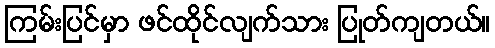
ကြမ်းပြင်မှာ ဖင်ထိုင်လျက်သား ပြုတ်ကျတယ်။